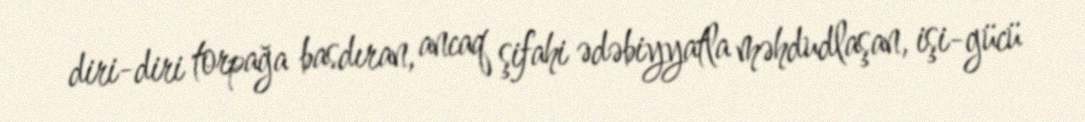
diri-diri torpağa basdıran, ancaq şifahi ədəbiyyatla məhdudlaşan, işi-gücü